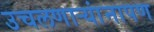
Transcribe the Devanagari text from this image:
उचलणार्‍यांनापण